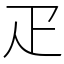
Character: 疋